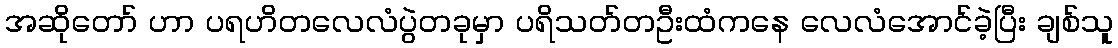
အဆိုတော် ဟာ ပရဟိတလေလံပွဲတခုမှာ ပရိသတ်တဦးထံကနေ လေလံအောင်ခဲ့ပြီး ချစ်သူ